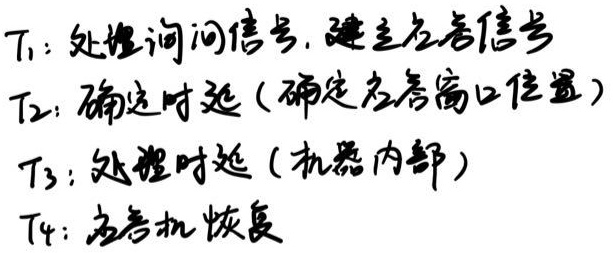
$T_1$：处理询问信号，建立应答信号
$T_2$：确定时延（确定应答窗口位置）
$T_3$：处理时延（机器内部）
$T_4$：应答机恢复